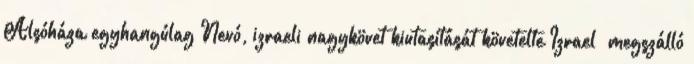
Alsóháza egyhangúlag Nevó, izraeli nagykövet kiutasítását követelte Izrael „megszálló